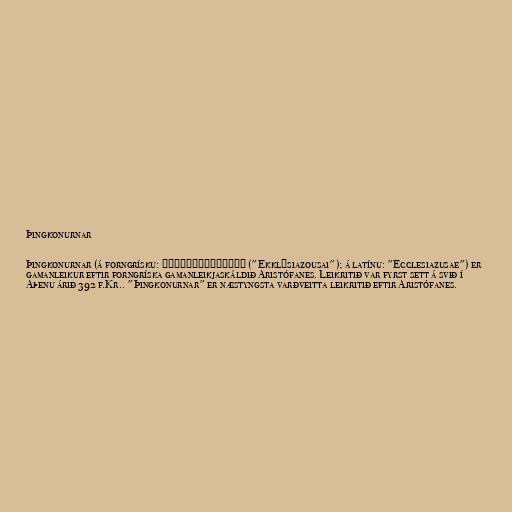
Þingkonurnar

Þingkonurnar (á forngrísku: Ἐκκλησιάζουσαι ("Ekklēsiazousai"); á latínu: "Ecclesiazusae") er
gamanleikur eftir forngríska gamanleikjaskáldið Aristófanes. Leikritið var fyrst sett á svið í
Aþenu árið 392 f.Kr.. "Þingkonurnar" er næstyngsta varðveitta leikritið eftir Aristófanes.